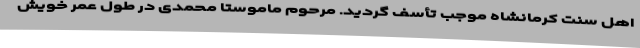
اهل سنت کرمانشاه موجب تأسف گردید. مرحوم ماموستا محمدی در طول عمر خویش